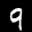
Label: 9